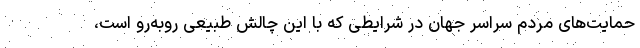
حمایت‌های مردم سراسر جهان در شرایطی که با این چالش طبیعی روبه‌رو است،